Scottish Leaving Certificate Examination, 1956
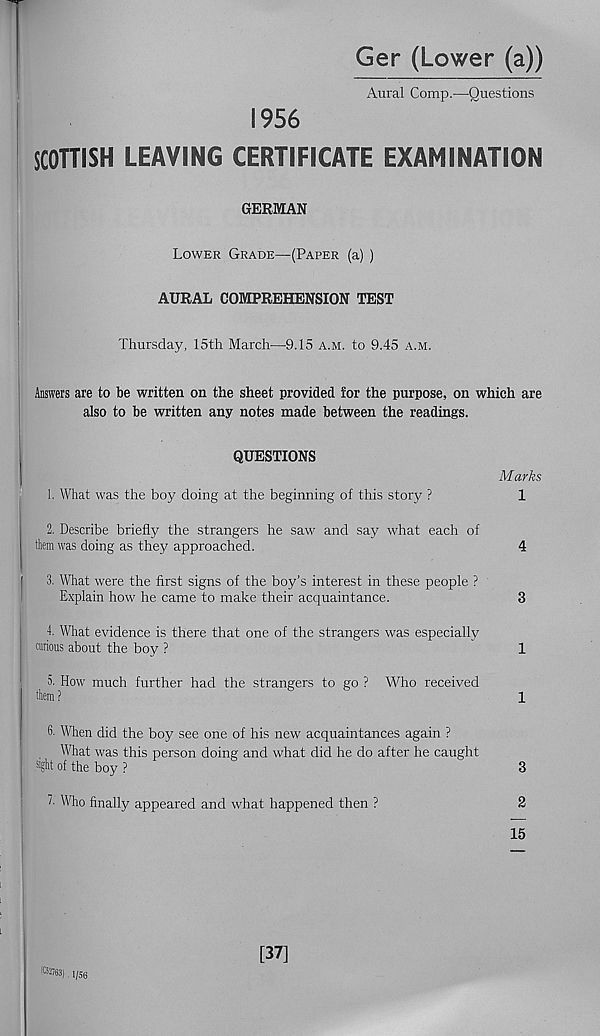
Ger (Lower (a))
Aural Comp.—■ Questions
1956
SCOTTISH LEAVING CERTIFICATE EXAMINATION
GERMAN
Lower Grade—(Paper (a) )
AURAL COMPREHENSION TEST
Thursday, 15th March—Q.IS a.m. to 9.45 a.m.
Answers are to be written on the sheet provided for the purpose, on which are
also to be written any notes made between the readings.
QUESTIONS
1. What was the boy doing at the beginning of this story ?
Marks
1
2. Describe briefly the strangers he saw and say what each of
them was doing as they approached.
4
3. What were the first signs of the boy’s interest in these people ?
Explain how he came to make their acquaintance.
3
4. What evidence is there that one of the strangers was especially
curious about the boy ?
1
5. How much further had the strangers to go ? Who received
them ?
1
6. When did the boy see one of his new acquaintances again ?
What was this person doing and what did he do after he caught
sl Eht of the boy ?
3
L Who finally appeared and what happened then ?
2
15
(C52763) l/5g
[37]